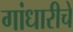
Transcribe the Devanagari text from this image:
गांधारीचे